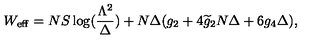
W _ { \mathrm { e f f } } = N S \log ( \frac { \Lambda ^ { 2 } } { \Delta } ) + N \Delta ( g _ { 2 } + 4 \widetilde { g } _ { 2 } N \Delta + 6 g _ { 4 } \Delta ) ,